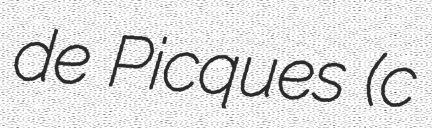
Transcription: de Picques (c